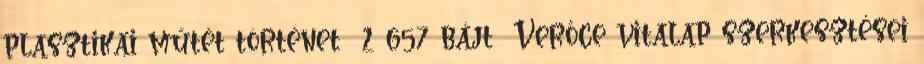
plasztikai műtét történet ‎ 2 657 bájt ‎Verőce vitalap szerkesztései